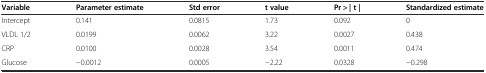
<table><thead><tr><td><b>Variable</b></td><td><b>Parameter estimate</b></td><td><b>Std error</b></td><td><b>t value</b></td><td><b>Pr &gt; | t |</b></td><td><b>Standardized estimate</b></td></tr></thead><tbody><tr><td>Intercept</td><td>0.141</td><td>0.0815</td><td>1.73</td><td>0.092</td><td>0</td></tr><tr><td>VLDL 1/2</td><td>0.0199</td><td>0.0062</td><td>3.22</td><td>0.0027</td><td>0.438</td></tr><tr><td>CRP</td><td>0.0100</td><td>0.0028</td><td>3.54</td><td>0.0011</td><td>0.474</td></tr><tr><td>Glucose</td><td>−0.0012</td><td>0.0005</td><td>−2.22</td><td>0.0328</td><td>−0.298</td></tr></tbody></table>